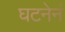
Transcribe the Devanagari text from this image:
घटनेनं